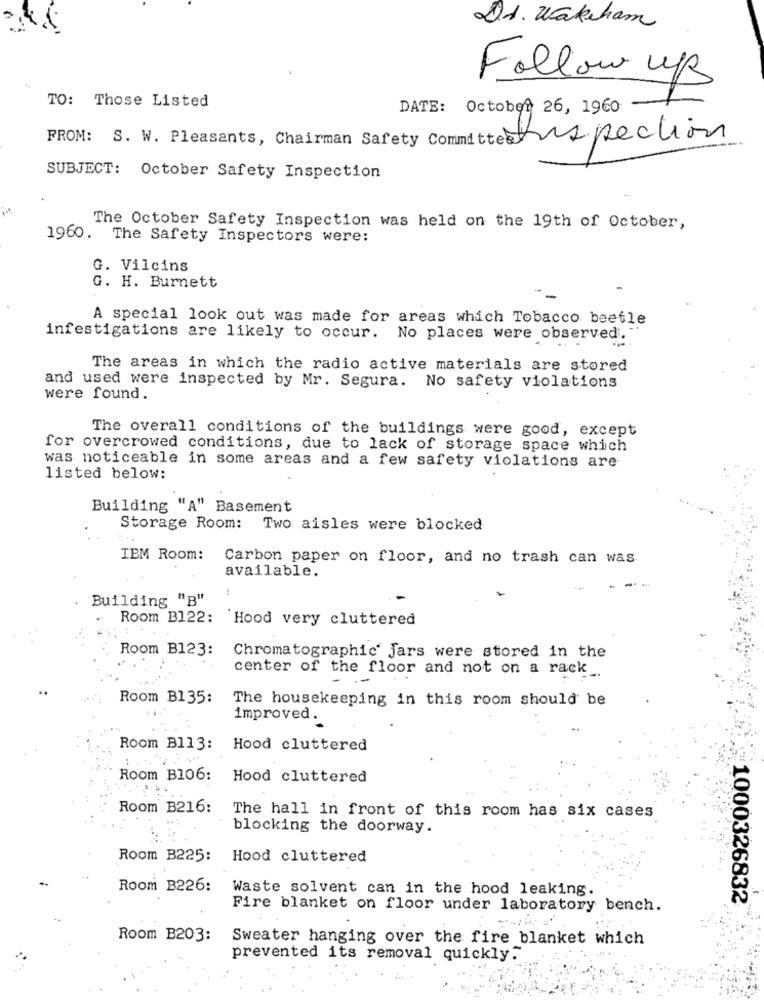
DA. Wakeham
Follow up
TO: Those Listed
DATE: October 26, 1960
FROM: S. W. Pleasants, Chairman Safety Committee spection
SUBJECT: October Safety Inspection
The October Safety Inspection was held on the 19th of October,
1960. The Safety Inspectors were:
G. Vilcins
G. H. Burnett
A special look out was made for areas which Tobacco beetle
infestigations are likely to occur. No places were observed.
The areas in which the radio active materials are stored
and used were inspected by Mr. Segura. No safety violations
were found.
The overall conditions of the buildings were good, except
for overcrowed conditions, due to lack of storage space which
was noticeable in some areas and a few safety violations are
listed below:
Building "A" Basement
Storage Room:
Two aisles were blocked
IBM Room:
Carbon paper on floor, and no trash can was
available.
Building "B"
Room B122:
``Hood very cluttered
Room B123:
Chromatographic' jars were stored in the
center of the floor and not on a rack_
Room B135:
The housekeeping in this room should be
improved.
Room B113: Hood cluttered
Room B106:
Hood cluttered
Room B216:
The hall in front of this room has six cases
blocking the doorway.
Room B225:
Hood cluttered
Room B226:
Waste solvent can in the hood leaking.
1000326832
Fire blanket on floor under laboratory bench.
Room B203:
Sweater hanging over the fire blanket which
prevented its removal quickly.